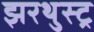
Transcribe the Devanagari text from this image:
झरथुस्ट्र